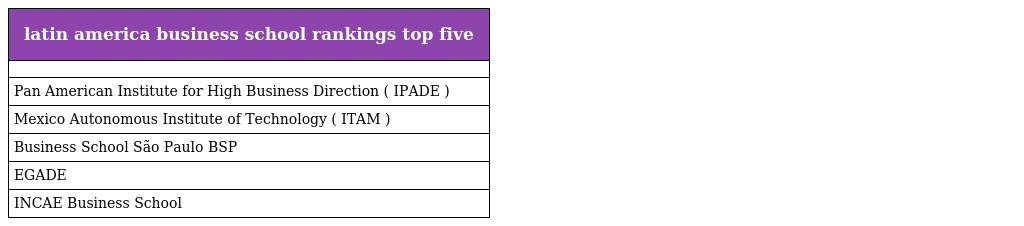
| latin america business school rankings top five |
 | --- |
 |  |
 | Pan American Institute for High Business Direction ( IPADE ) |
 | Mexico Autonomous Institute of Technology ( ITAM ) |
 | Business School São Paulo BSP |
 | EGADE |
 | INCAE Business School |